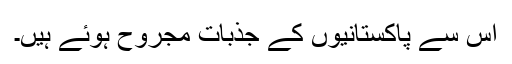
اس سے پاکستانیوں کے جذبات مجروح ہوئے ہیں۔